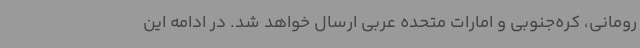
رومانی، کره‌جنوبی و امارات متحده عربی ارسال خواهد شد. در ادامه این